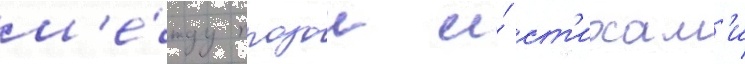
м'е́жду прозои и́ ст'ихам'и